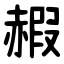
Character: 赮